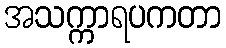
အသက္ကာရပကတာ